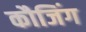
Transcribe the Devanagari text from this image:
कौजिंग